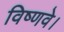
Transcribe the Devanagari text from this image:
विष्णवे।